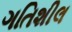
ગતિશીલ